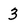
Character: 3